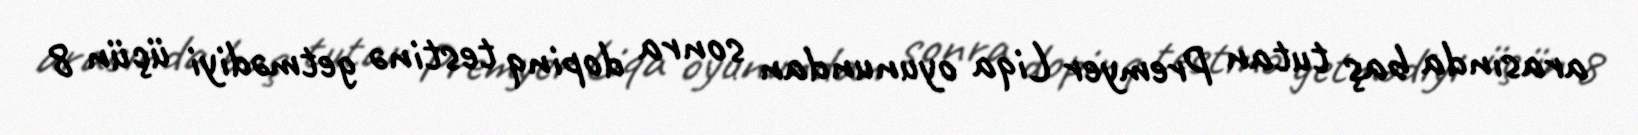
arasında baş tutan Premyer Liqa oyunundan sonra dopinq testinə getmədiyi üçün 8